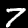
Digit: 7